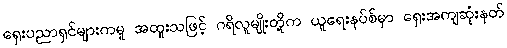
ရှေးပညာရှင်များကမူ အထူးသဖြင့် ဂရိလူမျိုးတို့က ယူရေးနပ်စ်မှာ ရှေးအကျဆုံးနတ်